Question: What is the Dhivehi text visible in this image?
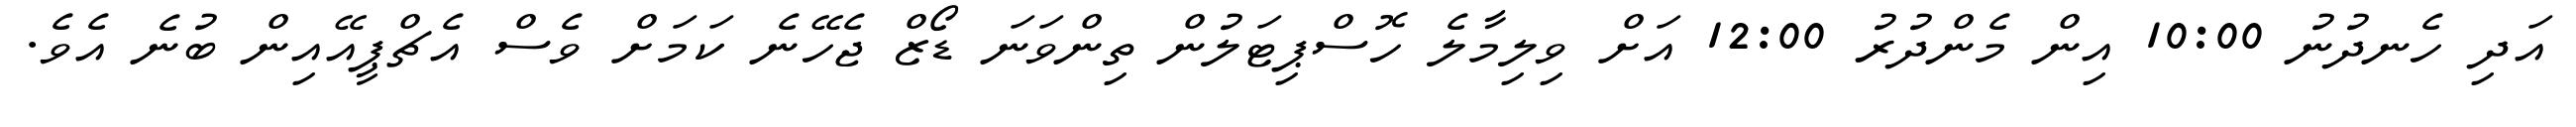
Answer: އަދި ހެނދުނު 10:00 އިން މެންދުރު 12:00 އަށް ވިލިމާލެ ހޮސްޕިޓަލުން ތިންވަނަ ޑޯޒް ޖެހޭނެ ކަމަށް ވެސް އެޗްޕީއޭއިން ބުނެ އެވެ.